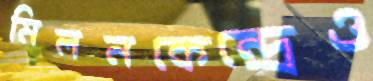
মিলনকেন্দ্রেও